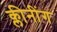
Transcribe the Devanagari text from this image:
क्लीनींग